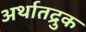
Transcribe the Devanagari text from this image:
अर्थातद्रुक